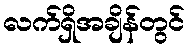
လက်ရှိအချိန်တွင်